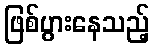
ဖြစ်ပွားနေသည့်